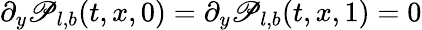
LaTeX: \partial_{y}\mathscr{P}_{l,b}(t,x,0)=\partial_{y}\mathscr{P}_{l,b}(t,x,1)=0